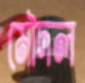
মৌদল